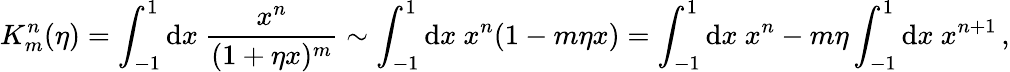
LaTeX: K_{m}^{n}(\eta)=\int_{-1}^{1}\mathrm{d}x\ \frac{x^{n}}{(1+\eta x)^{m}}\sim\int_{-1}^{1}\mathrm{d}x\ x^{n}(1-m\eta x)=\int_{-1}^{1}\mathrm{d}x\ x^{n}-m\eta\int_{-1}^{1}\mathrm{d}x\ x^{n+1}\, ,